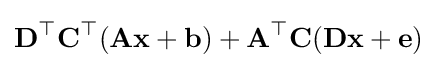
{\textbf {D}}^{\top }{\textbf {C}}^{\top }({\textbf {A}}{\textbf {x}}+{\textbf {b}})+{\textbf {A}}^{\top }{\textbf {C}}({\textbf {D}}{\textbf {x}}+{\textbf {e}})